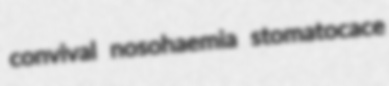
convival nosohaemia stomatocace